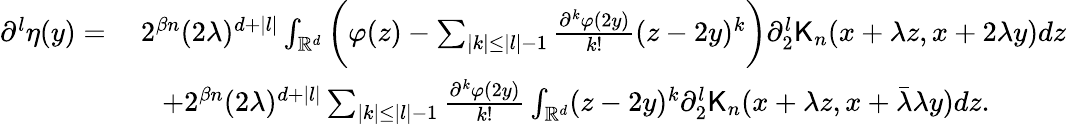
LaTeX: \begin{array}{rl}{\partial^{l}\eta(y)=}&{\ 2^{\beta n}(2\lambda)^{d+|l|}\int_{\mathbb{R}^{d}}\bigg(\varphi(z)-\sum_{|k|\leq|l|-1}\frac{\partial^{k}\varphi(2y)}{k!}(z-2y)^{k}\bigg)\partial_{2}^{l}\mathsf{K}_{n}(x+\lambda z,x+2\lambda y)dz}\\ &{\quad+2^{\beta n}(2\lambda)^{d+|l|}\sum_{|k|\leq|l|-1}\frac{\partial^{k}\varphi(2y)}{k!}\int_{\mathbb{R}^{d}}(z-2y)^{k}\partial_{2}^{l}\mathsf{K}_{n}(x+\lambda z,x+\bar{\lambda}\lambda y)dz.}\end{array}